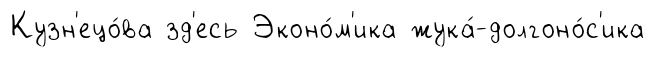
Кузн'ецо́ва зд'есь Эконо́м'ика жука́-долгоно́с'ика